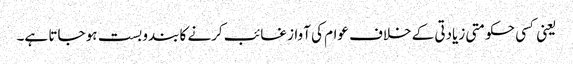
یعنی کسی حکومتی زیادتی کے خلاف عوام کی آواز غائب کرنے کا بندوبست ہو جاتا ہے۔